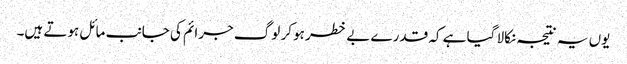
یوں یہ نتیجہ نکالا گیا ہے کہ قدرے بے خطر ہو کر لوگ جرائم کی جانب مائل ہوتے ہیں۔